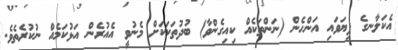
އެކަލާނގެ ފިޔަވައި އަންހެން (ނަންތަކެއް ކިއިގެންވާ) ބުދުތަކަކަށް މެނުވީ އެއުރެން އަޅުކަމެއް ނުކުރެތެވެ.